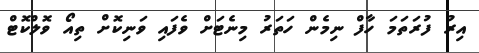
އިރު ފުރަތަމަ ހާފް ނިމެން ހަތަރު މިނެޓަށް ވެފައި ވަނިކޮށް ތިއޯ ވޮލްކޮޓް